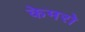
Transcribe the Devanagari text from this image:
केमरो